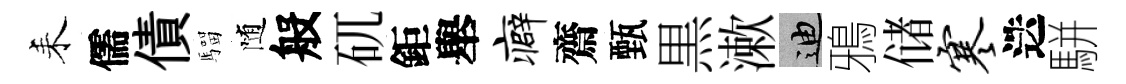
耒儒債騮随般矹鉅舉癖齋甄黒漱迪鴉储寒迭駢